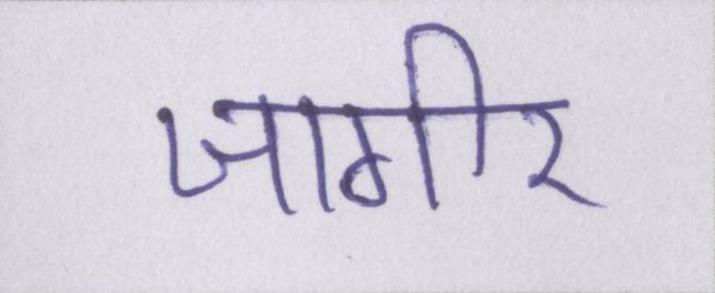
जागीर